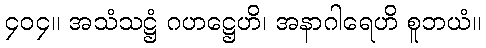
၄၀၄။ အသံသဋ္ဌံ ဂဟဋ္ဌေဟိ၊ အနာဂါရေဟိ စူဘယံ။